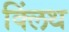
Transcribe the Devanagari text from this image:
क्लिंथ